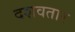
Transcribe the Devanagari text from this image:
दशवतार